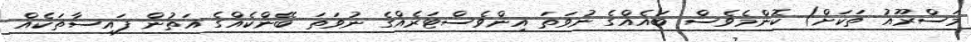
މަސްރޫއު ތަކަށް) ކޮންމެވެސް ބައެއްގެ ނުވަތަ އިންވެސްޓަރެއްގެ ނުވަތަ ބޭންކެއްގެ އަތުން ފައިސާތަކެއް